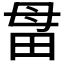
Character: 𰣅